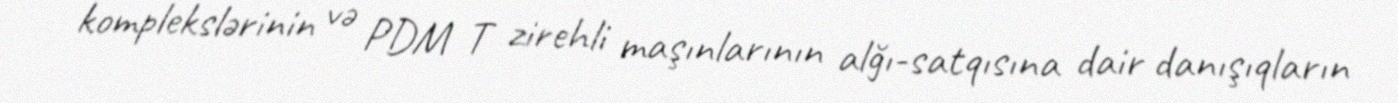
komplekslərinin və PDM T zirehli maşınlarının alğı-satqısına dair danışıqların